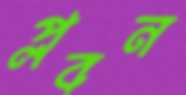
প্লবন